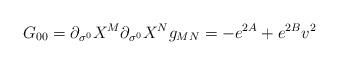
LaTeX: \begin{align*}G_{00} = \partial_{\sigma^0}X^M \partial_{\sigma^0}X^N g_{MN} =-e^{2A} + e^{2B} v^2\end{align*}